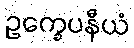
ဥက္ခေပနီယံ